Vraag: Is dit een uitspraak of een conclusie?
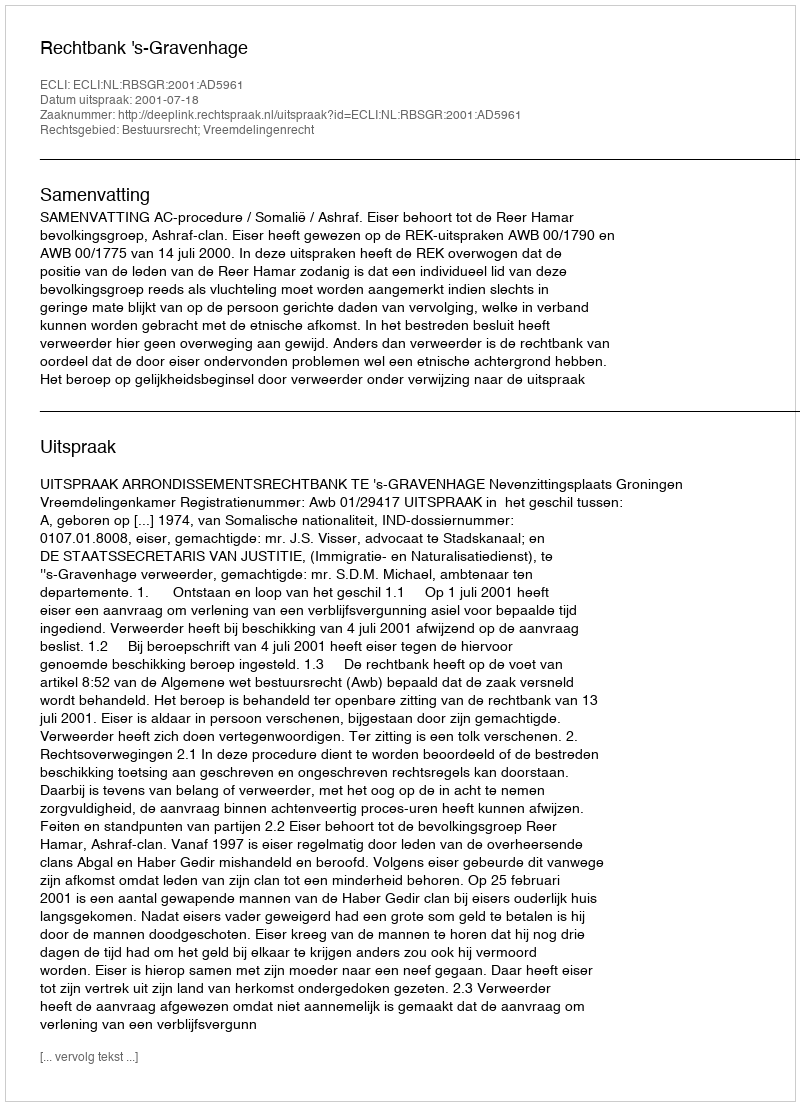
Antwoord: Uitspraak